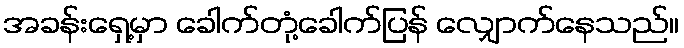
အခန်းရှေ့မှာ ခေါက်တုံ့ခေါက်ပြန် လျှောက်နေသည်။